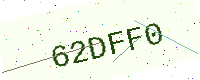
Text: 62DFF0